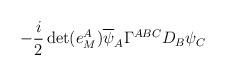
LaTeX: \begin{align*}-\frac{i}{2}\det (e_{M}^{A})\overline{\psi }_{A}\Gamma ^{ABC}D_{B}\psi _{C}\end{align*}